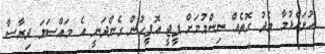
ހުށަހެޅުމާ މެދު ގޮތެއް ނިންމުމަށް ޕީޖީ އޮފީހުން ގެންދަނީ އެ މައްސަލަ ދިރާސާ